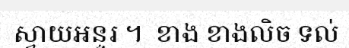
ស្វាយអន្ទរ ។  ខាង ខាងលិច ទល់